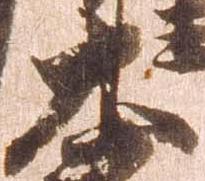
大